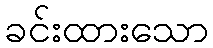
ခင်းထားသော